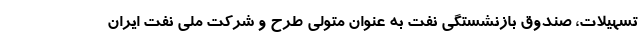
تسهیلات، صندوق بازنشستگی نفت به عنوان متولی طرح و شرکت ملی نفت ایران